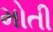
મોતી